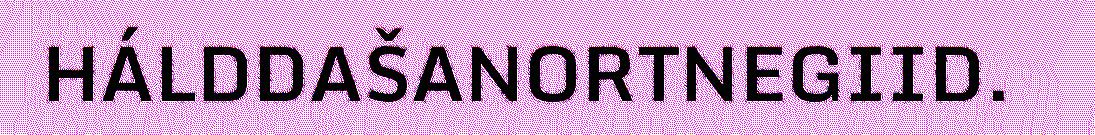
HÁLDDAŠANORTNEGIID.